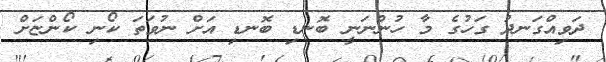
ދަވިއްގަނދު ގަހުގެ މާ ހުންނަނީ ބޮނޑި ބޮނޑި އަށް ނުވަތަ ކޯނި ކޯންޏަށް